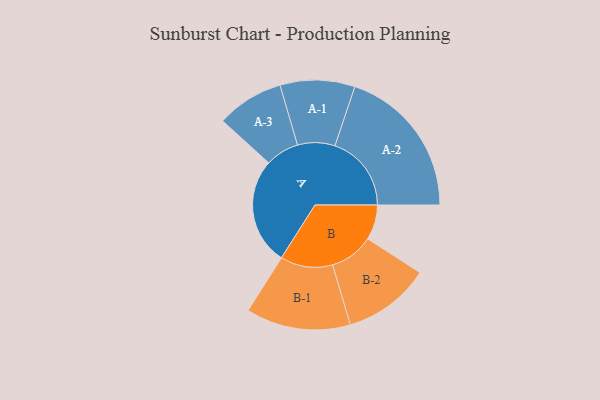
{"axis": {"x": "Segment", "y": "Value"}, "legend": ["", "A", "B"], "data": [{"x": "A", "y": 372, "type": ""}, {"x": "B", "y": 122, "type": ""}, {"x": "A-1", "y": 130, "type": "A"}, {"x": "A-2", "y": 266, "type": "A"}, {"x": "A-3", "y": 117, "type": "A"}, {"x": "B-1", "y": 182, "type": "B"}, {"x": "B-2", "y": 152, "type": "B"}]}